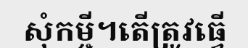
សុំកម្ចី។តើត្រូវធ្វើ